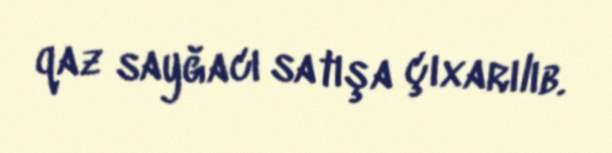
qaz sayğacı satışa çıxarılıb.